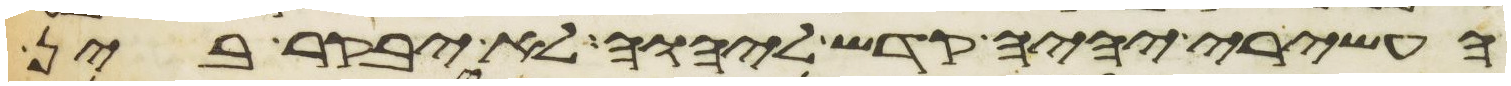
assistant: העשירי יהיה קדש ליהוה לא יבקר בין